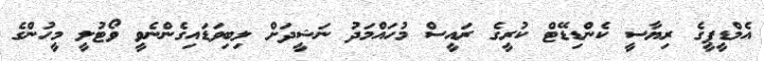
އެމްޑީޕީގެ ރިޔާސީ ކެންޑިޑޭޓް ކުރީގެ ރައީސް މުހައްމަދު ނަޝީދަށް ލިބިވަޑައިގެންނެވީ ވޯޓުލީ މީހުންގެ